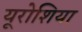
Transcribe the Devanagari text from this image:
यूरोशिया